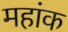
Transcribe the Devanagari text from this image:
महांक